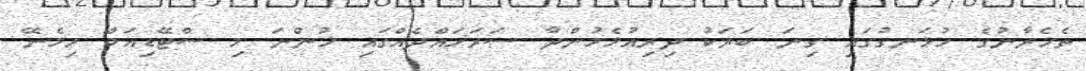
ތެހެރާނުގެ ހުޅަނގުގައި ގިނަ ބަޔަކު ދިރިއުޅެމުންދާ ސަރަހައްދެއްގައި ހުންނަ މި ސްޓޭޑިއަމް ހިމެނޭ